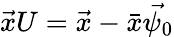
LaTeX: \vec{x}U=\vec{x}-\bar{x}\vec{\psi_{0}}